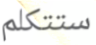
ستتكلم